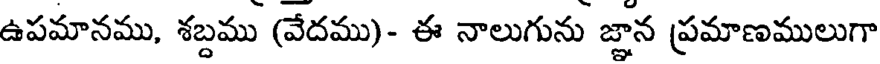
ఉపమానము, శబ్దము (వేదము)- ఈ నాలుగును జ్ఞాన ప్రమాణములుగా